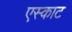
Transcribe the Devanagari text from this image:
एस्काट